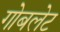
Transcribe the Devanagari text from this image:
गोबलेट